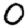
Digit: 0